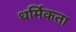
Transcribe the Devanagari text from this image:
धर्मिकता